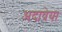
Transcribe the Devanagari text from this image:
अदावेया